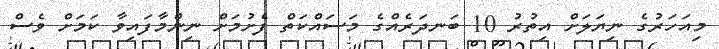
މިއަހަރުގެ ނިޔަލަށް އިތުރު 10 ބަނދަރެއްގެ މަސައްކަތް ފެށުމަށް ނިންމާފައިވާ ކަމަށް ވެސް